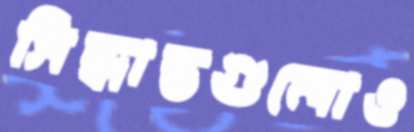
সিদ্ধান্তগুলোও